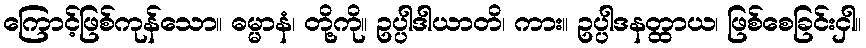
ကြောင့်ဖြစ်ကုန်သော။ ဓမ္မာနံ၊ တို့ကို။ ဥပ္ပါဒါယာတိ၊ ကား။ ဥပ္ပါဒနတ္ထာယ၊ ဖြစ်စေခြင်းငှါ။